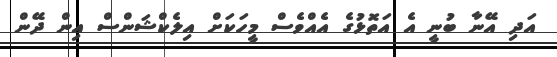
އަދި އޭނާ ބުނީ އެ އަތޮޅުގެ އެއްވެސް މީހަކަށް އިލެކްޝަންސް އިން ދޭން